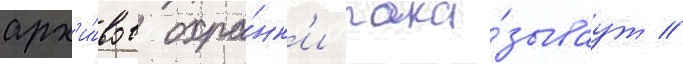
арх'и́вов охра́нк'и пока́зываут /